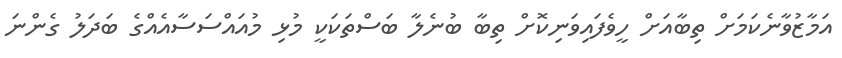
އަމާޒުވާނެކަމަށް ތިބާއަށް ހީވެފައިވަނިކޮށް ތިބާ ބުނެލާ ބަސްތަކަކީ މުޅި މުއައްސަސާއެއްގެ ބަދަލު ގެންނަ